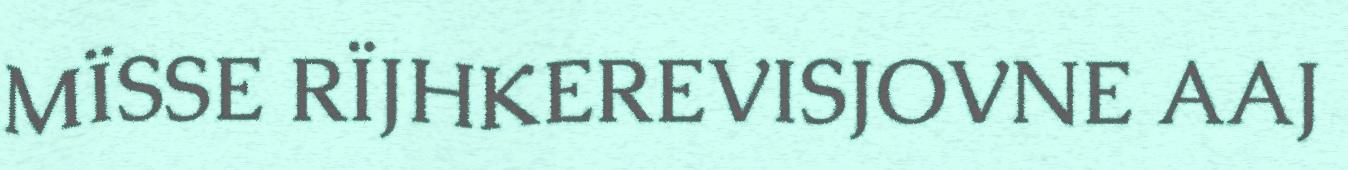
MÏSSE RÏJHKEREVISJOVNE AAJ